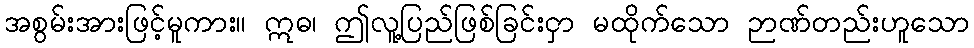
အစွမ်းအားဖြင့်မူကား။ ဣဓ၊ ဤလူ့ပြည်ဖြစ်ခြင်းငှာ မထိုက်သော ဉာဏ်တည်းဟူသော